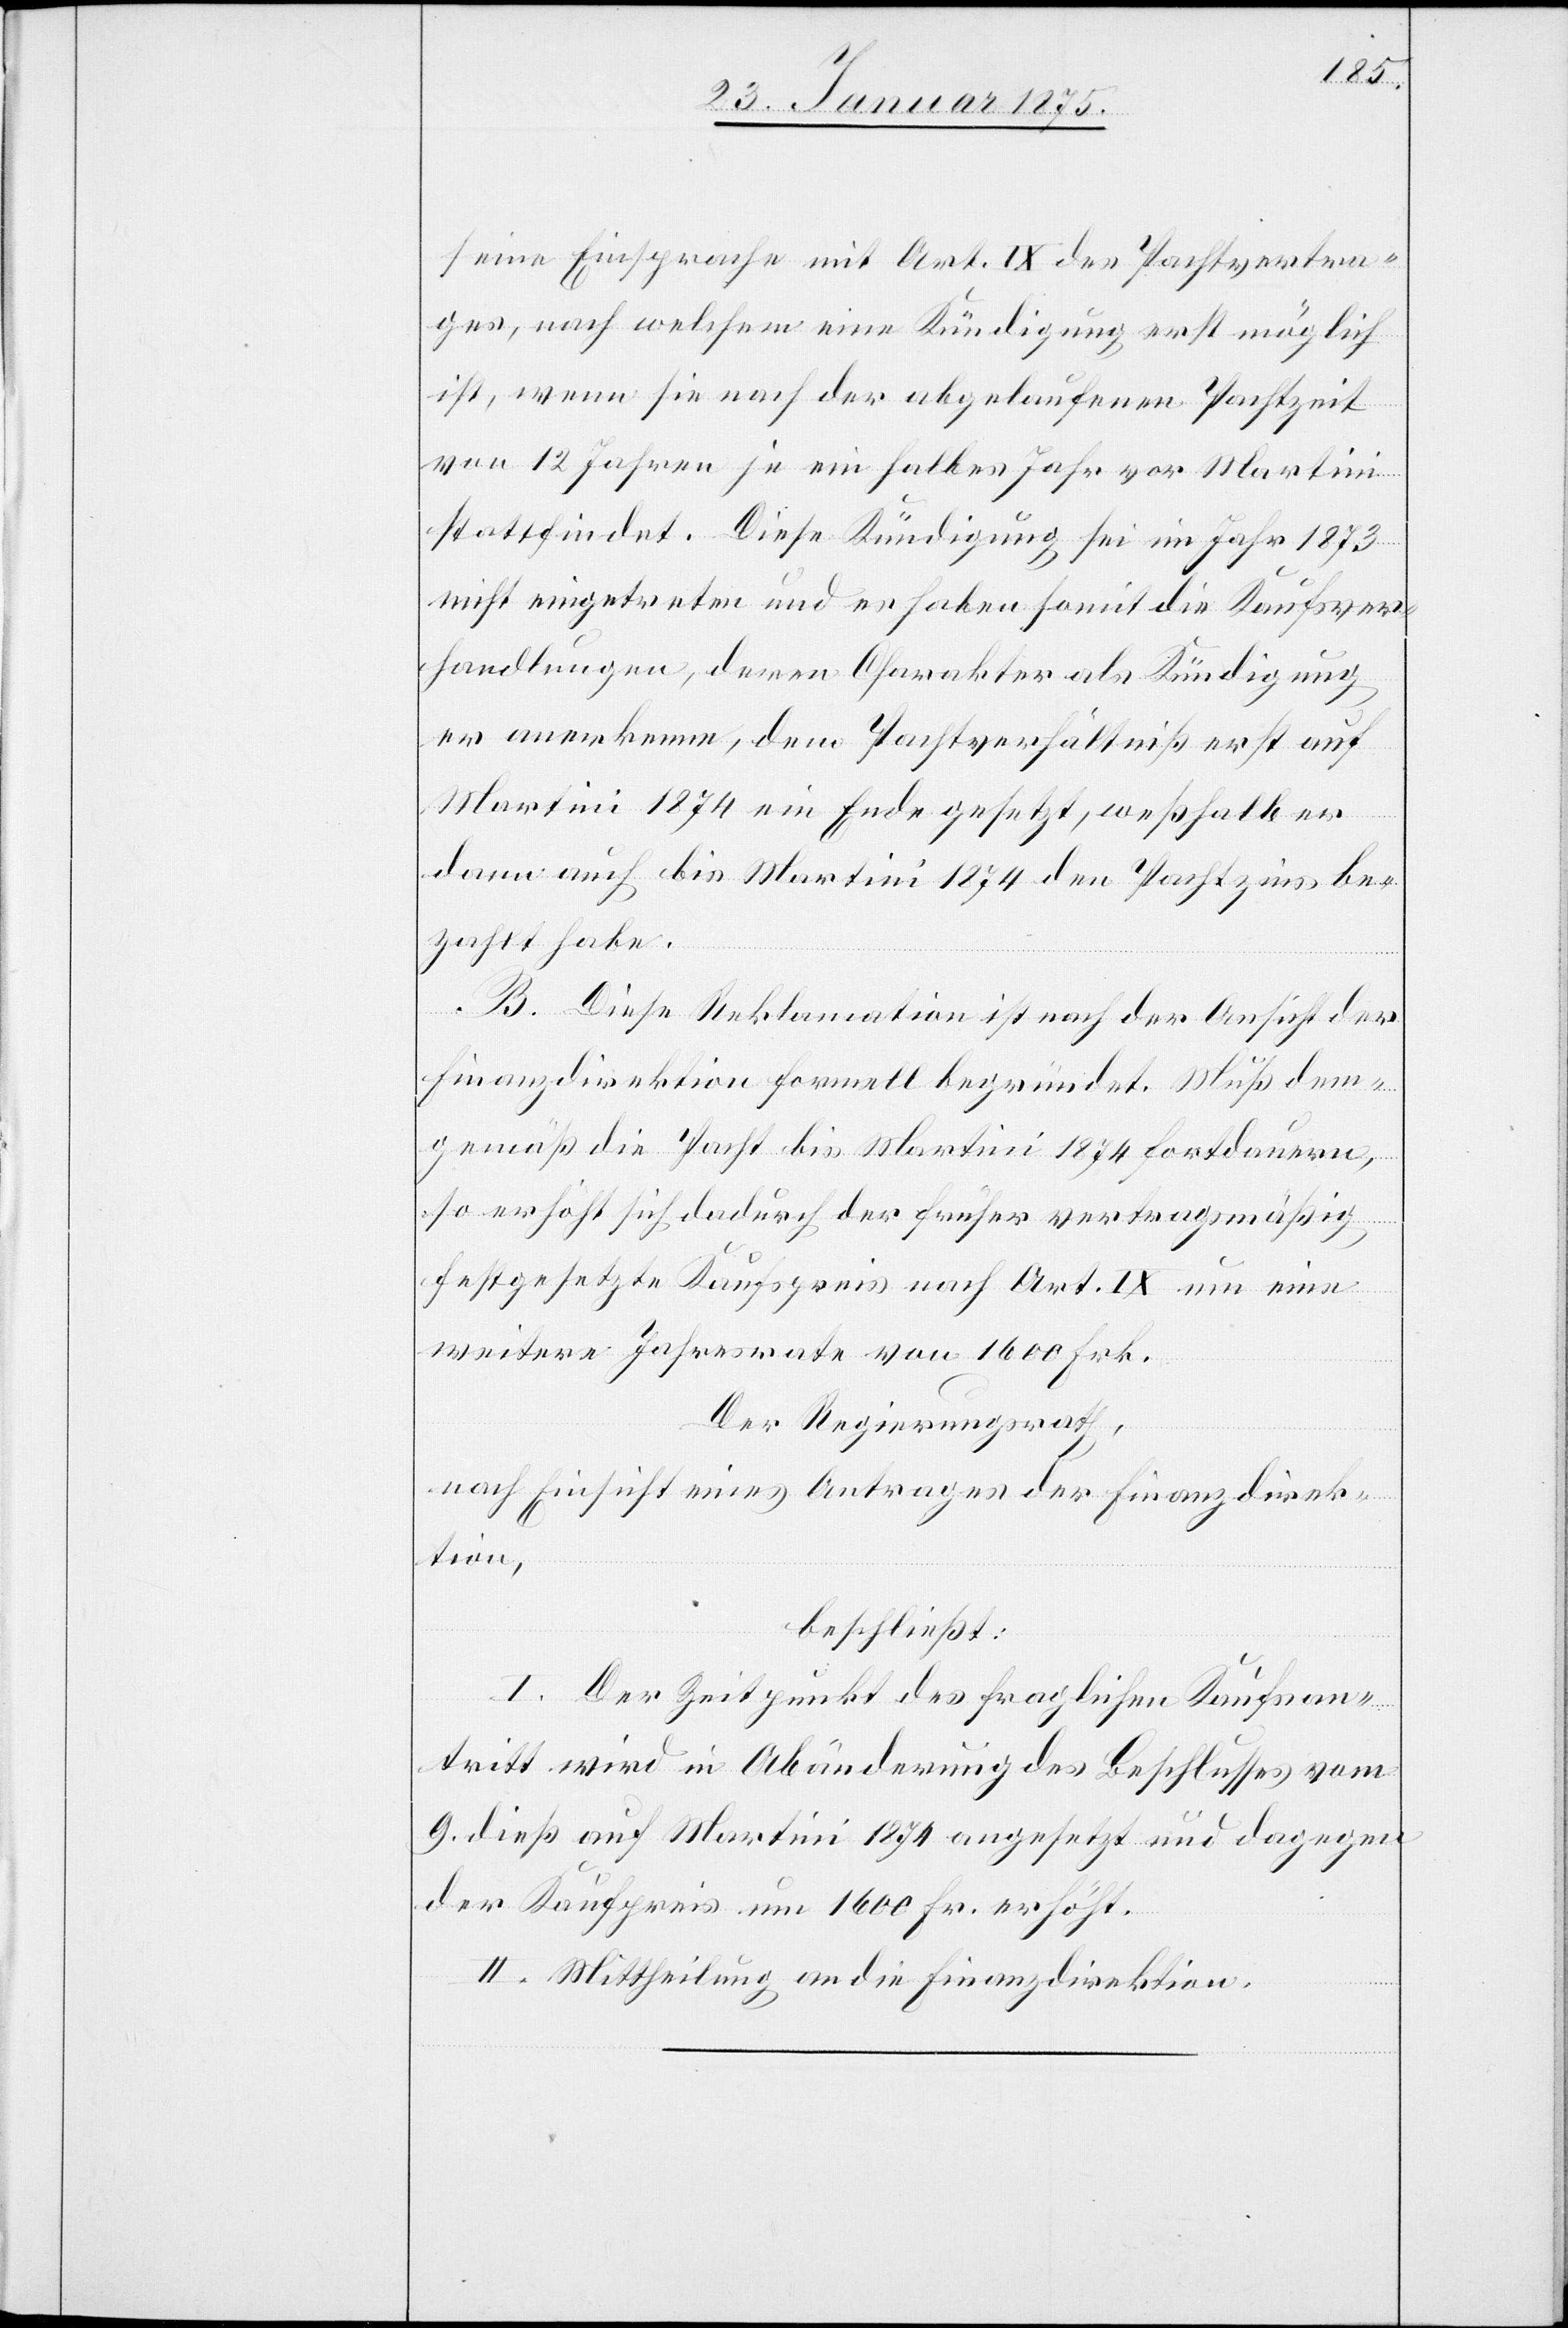
seine Einsprache mit
Pachtvertra¬
ges, nach welchem eine
igu¬
ng erst möglich
ist, wenn sie nach der abgelaufenen Pachtzeit
von 12 Jahren je ein halbes Jahr vor Martini
stattfindet. Diese Kündigung sei im Jahr 1873
nicht eingetreten und es haben somit die Kaufsver¬
handlungen, deren Charakter als Kündigung
er anerkenne, dem Pachtverhältniß erst auf
Martini 1874 ein Ende gesetzt, weßhalb er
dann auch bis Martini 1874 den Pachtzins be¬
zahlt habe.
B. Diese Reklamation ist nach der Ansicht der
Finanzdirektion formell begründet. Mus dem¬
gemäß die Pacht bis Martini 1874 fortdauern,
so erhöht sich dadurch der früher vertragsmäßig
festgesetzte Kaufspreis nach Art. IX um eine
weitere Jahresrate von 1600 Frk.
Der Regierungsrath,
nach Einsicht eines Antrages der Finanzdirek¬
tion,
beschließt:
I. Der Zeitpunkt des fraglichen Kaufsan¬
tritt wird in Abänderung des Beschlusses vom
9. dieß auf Martini 1874 angesetzt und dagegen
der Kaufpreis um 1600 Fr. erhöht.
II. Mittheilung an die Finanzdirektion.